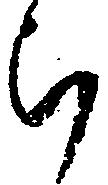
ら